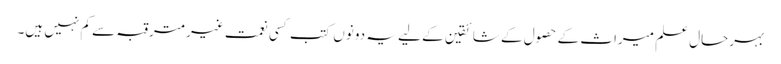
بہرحال علم میراث کے حصول کے شائقین کے لیے یہ دونوں کتب کسی نعمت غیرمترقبہ سے کم نہیں ہیں۔